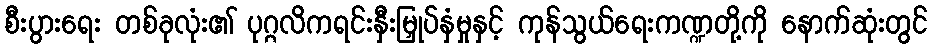
စီးပွားရေး တစ်ခုလုံး၏ ပုဂ္ဂလိကရင်းနှီးမြှုပ်နှံမှုနှင့် ကုန်သွယ်ရေးကဏ္ဍတို့ကို နောက်ဆုံးတွင်